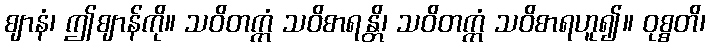
ဈာနံ၊ ဤဈာန်ကို။ သဝိတက္ကံ သဝိစာရန္တိ၊ သဝိတက္ကံ သဝိစာရဟူ၍။ ဝုစ္စတိ၊